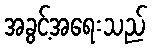
အခွင့်အရေးသည်